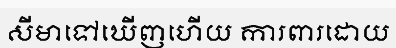
សីមាទៅឃើញហើយ ការពារដោយ